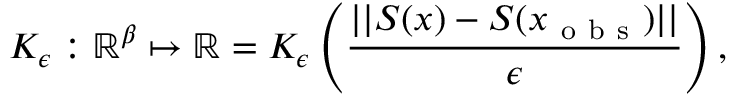
K _ { \epsilon } : \mathbb { R } ^ { \beta } \mapsto \mathbb { R } = K _ { \epsilon } \left( \frac { | | S ( x ) - S ( x _ { \mathrm { ~ o ~ b ~ s ~ } } ) | | } { \epsilon } \right) ,